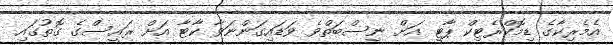
އެމެރިކާގެ ޑިމޮކްރެޓިކް ޕާޓީ އަށް ނިސްބަތްވެ ވަޑައިގަންނަވާ ކާޓާ އަށް ރައީސްގެ ގޮތުގައި